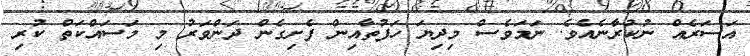
އަސަރެއް ނުކުރާނެއެވެ. ނަމަވެސް މިދިޔަ ހަފުތާއިން ފެށިގެން ދަންވަރު މި މަސައްކަތް ކުރި